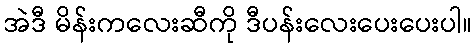
အဲဒီ မိန်းကလေးဆီကို ဒီပန်းလေးပေးပေးပါ။